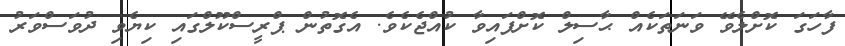
ފާހަގަ ކޮށްލެވޭ ވަނަތަކެއް ޙާސިލް ކޮށްފައިވާ ކުއްޖެކެވެ. އެގޮތުން ޕްރީސްކޫލްގައި ކިޔެވި ދުވަސްވަރު